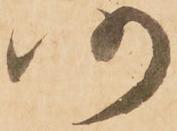
仍